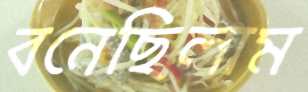
বনেছিলাম